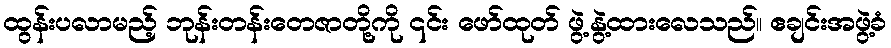
ထွန်းပလာမည့် ဘုန်းတန်းတေဇာတို့ကို ၎င်း ဖော်ထုတ် ဖွဲ့နွဲ့ထားလေသည်။ ဧချင်းအဖွဲ့ခံ